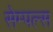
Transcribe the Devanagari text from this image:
सेम्पल्स